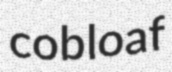
cobloaf